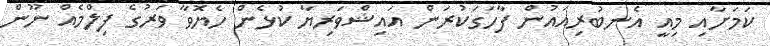
ކަމަށާއި މިއީ އެނބުރިއައުން ފާހަގަކުރަން އައިޝްވަރިޔާ ކުޅެން ހެޔޮވާ ވަރުގެ ފިލްމެއް ނޫން